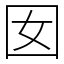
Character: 囡